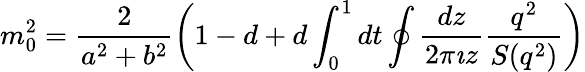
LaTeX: m_{0}^{2}=\frac{2}{a^{2}+b^{2}}\left(1-d+d\int_{0}^{1}dt\oint\frac{dz}{2\pi\imath z}\frac{q^{2}}{S(q^{2})}\right)